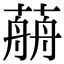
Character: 𦼎